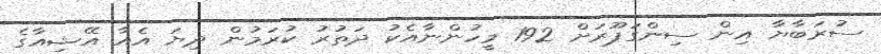
ސުރަބާޔާ އިން ސިންގަޕޫރަށް 192 މީހުންނާއެކު ދަތުރު ކުރަމުން ދިޔަ އެއާ އޭޝިއާގެ